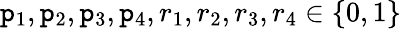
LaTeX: \mathtt{p}_{1},\mathtt{p}_{2},\mathtt{p}_{3},\mathtt{p}_{4},r_{1},r_{2},r_{3},r_{4}\in\{ 0,1\}